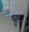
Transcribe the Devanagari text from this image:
त्व्राया